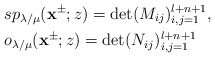
\begin{align*}&sp_{\lambda/\mu}(\mathbf{x}^{\pm};z)=\det(M_{ij})^{l+n+1}_{i,j=1},\\&o_{\lambda/\mu}(\mathbf{x}^{\pm};z)=\det(N_{ij})^{l+n+1}_{i,j=1}\end{align*}